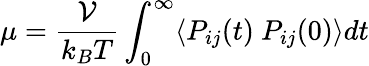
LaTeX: \mu=\frac{\mathcal{V}}{k_{B}T}\int_{0}^{\infty}\langle P_{ij}(t)~P_{ij}(0)\rangle dt